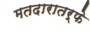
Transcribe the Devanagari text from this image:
मतदारातर्फे